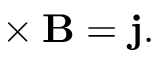
{ \bf \nabla } \times { \bf B } = { \bf j } .